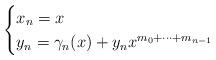
LaTeX: \begin{align*}\begin{cases} x_n= x \\ y_n= \gamma_n(x) +y_n x^{m_0+\dots+m_{n-1}} \end{cases}\end{align*}